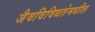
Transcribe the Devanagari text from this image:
जैवविविधतेमधील